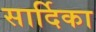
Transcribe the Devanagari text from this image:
सार्दिका